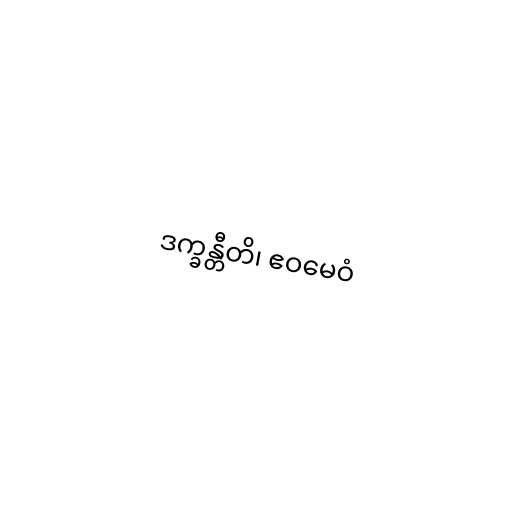
ဒက္ခန္တီတိ၊ ဧဝမေဝံ